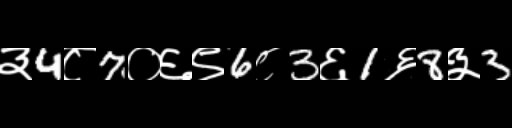
Text: ३4८7०६९6८3६1६8३3